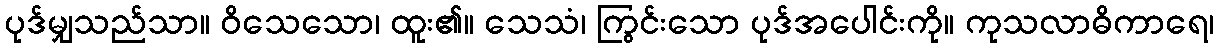
ပုဒ်မျှသည်သာ။ ဝိသေသော၊ ထူး၏။ သေသံ၊ ကြွင်းသော ပုဒ်အပေါင်းကို။ ကုသလာဓိကာရေ၊